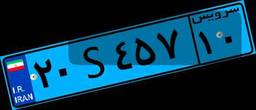
۱۳S۲۱۱۳۹